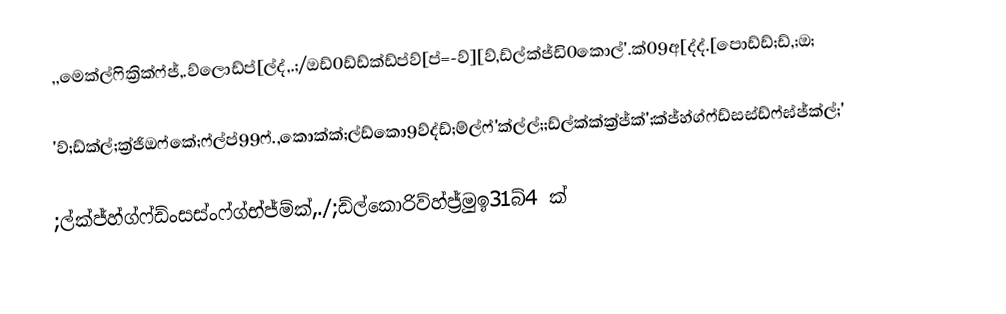
,,මෙක්ල්ෆික්‍රික්ෆ්ජ්,.ව්ලොඩ්ප්[ල්ද්,.;/ඔඩ්0ඩ්ඩ්ක්ඩ්ප්ව්[ප්=-ව්][ව්,ඩ්ල්ක්ජ්ඩි0කොල්'.ක්09අ[ද්ද්.[පොඩ්ඩ්;ඩ්,;ඔ;

'ව්;ඩ්ක්ල්;ක්‍ර්ජිඔෆ්කේ;ෆ්ල්ප්99ෆ්.,කොක්ක්;ල්ඩ්කො9ව්ද්ඩ්;ම්ල්ෆ්'ක්ල්ල්;;ඩ්ල්ක්ක්ක්‍ර්ජ්ක්';ක්ජ්හ්ග්ෆ්ඩ්සස්ඩ්ෆ්ඝ්ජ්ක්ල්;'

;ල්ක්ජ්හ්ග්ෆ්ඩ්ංසස්ංෆ්ග්භ්ජ්ම්ක්,./;ඩ්ල්කොරිව්හ්ජ්‍ර්මුඉ31බ්4 ක්